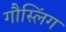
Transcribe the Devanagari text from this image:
गौस्लिंग